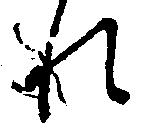
れ